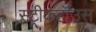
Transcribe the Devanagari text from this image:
स्ट्रीकहॉउस